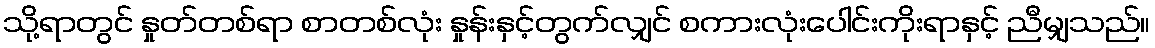
သို့ရာတွင် နှုတ်တစ်ရာ စာတစ်လုံး နှုန်းနှင့်တွက်လျှင် စကားလုံးပေါင်းကိုးရာနှင့် ညီမျှသည်။